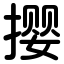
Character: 撄